Plague in India, 1896, 1897 - Volume 3
Year: 1896
Disease focus: Plague
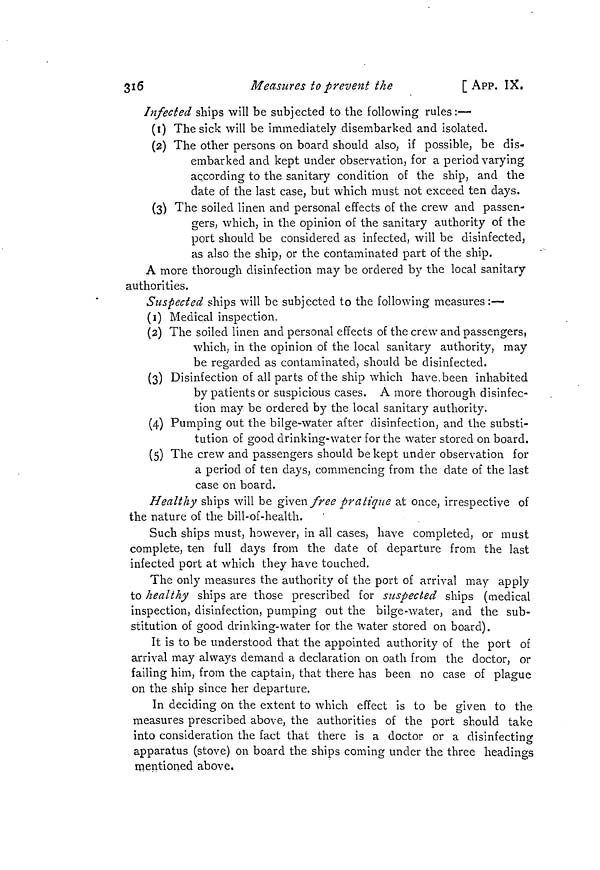
316
Measures to prevent the
[App. IX.
Infected ships will be subjected to the following rules:—
(1) The sick will be immediately disembarked and isolated.
(2) The other persons on board should also, if possible, be dis-
embarked and kept under observation, for a period varying
according to the sanitary condition of the ship, and the
date of the last case, but which must not exceed ten days.
(3) The soiled linen and personal effects of the crew and passen-
gers, which, in the opinion of the sanitary authority of the
port should be considered as infected, will be disinfected,
as also the ship, or the contaminated part of the ship.
A more thorough disinfection may be ordered by the local sanitary
authorities.
Suspected ships will be subjected to the following measures :—
(1) Medical inspection.
(2) The soiled linen and personal effects of the crew and passengers,
which, in the opinion of the local sanitary authority, may
be regarded as contaminated, should be disinfected.
(3) Disinfection of all parts of the ship which have.been inhabited
by patients or suspicious cases. A more thorough disinfec-
tion may be ordered by the local sanitary authority.
(4) Pumping out the bilge-water after disinfection, and the substi-
tution of good drinking-water for the water stored on board.
(5) The crew and passengers should be kept under observation for
a period of ten days, commencing from the date of the last
case on board.
Healthy ships will be given free pratique at once, irrespective of
the nature of the bill-of-health.
Such ships must, however, in all cases, have completed, or must
complete, ten full days from the date of departure from the last
infected port at which they have touched.
The only measures the authority of the port of arrival may apply
to healthy ships are those prescribed for suspected ships (medical
inspection, disinfection, pumping out the bilge-water, and the sub-
stitution of good drinking-water for the water stored on board).
It is to be understood that the appointed authority of the port of
arrival may always demand a declaration on oath from the doctor, or
failing him, from the captain, that there has been no case of plague
on the ship since her departure.
In deciding on the extent to which effect is to be given to the
measures prescribed above, the authorities of the port should take
into consideration the fact that there is a doctor or a disinfecting
apparatus (stove) on board the ships coming under the three headings
mentioned above.